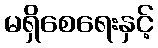
မရှိစေရေးနှင့်